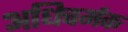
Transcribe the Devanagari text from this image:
अधिचर्मक